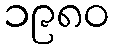
၁၉၈၀